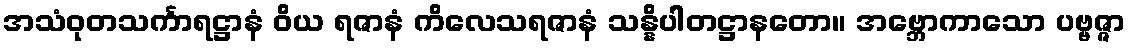
အသံဝုတသင်္ကာရဋ္ဌာနံ ဝိယ ရဇာနံ ကိလေသရဇာနံ သန္နိပါတဋ္ဌာနတော။ အဗ္ဘောကာသော ပဗ္ဗဇ္ဇာ